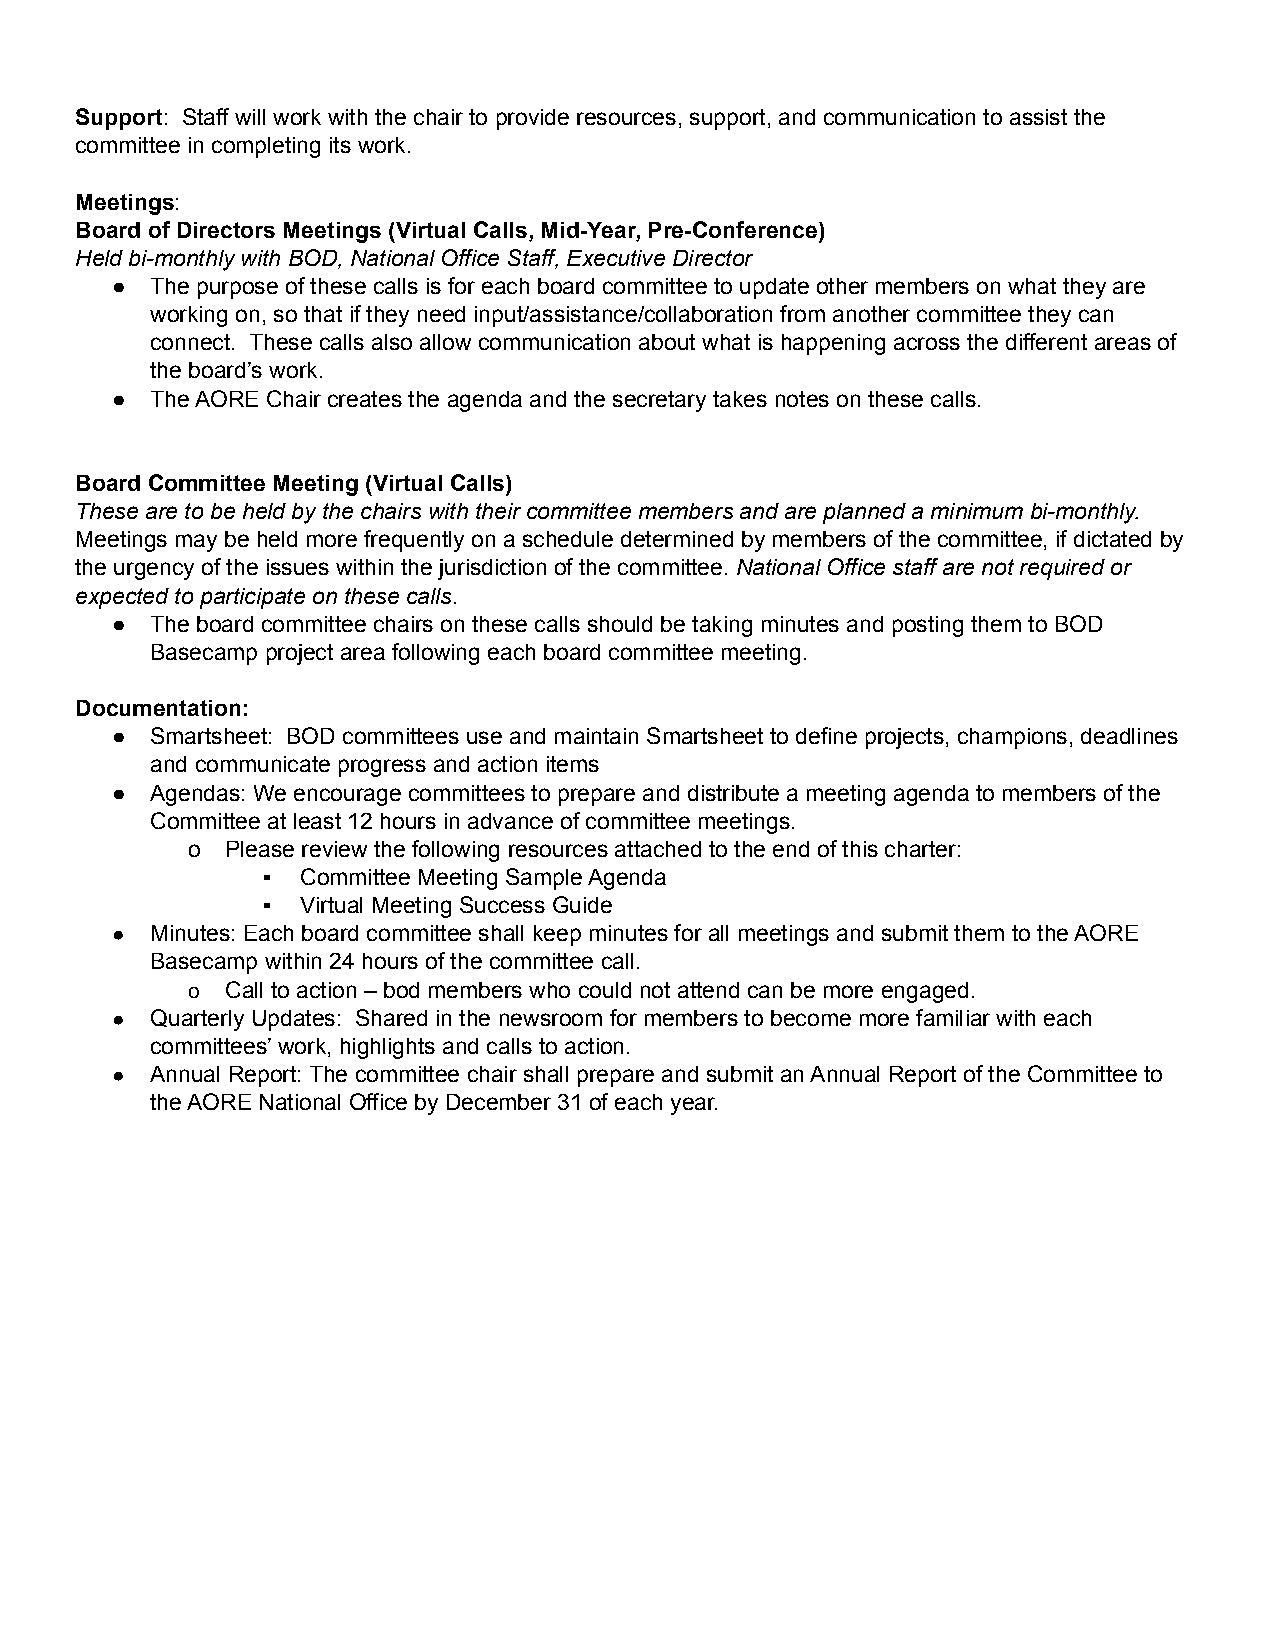
Support: Staff will work with the chair to provide resources, support, and communication to assist the
 committee in completing its work.
 Meetings:
 Board of Directors Meetings (Virtual Calls, Mid-Year, Pre-Conference)
 Held bi-monthly with BOD, National Office Staff, Executive Director
 ●  The purpose of these calls is for each board committee to update other members on what they are
 working on, so that if they need input/assistance/collaboration from another committee they can
 connect. These calls also allow communication about what is happening across the different areas of
 the board’s work.
 ●  The AORE Chair creates the agenda and the secretary takes notes on these calls.
 Board Committee Meeting (Virtual Calls)
 These are to be held by the chairs with their committee members and are planned a minimum bi-monthly.
 Meetings may be held more frequently on a schedule determined by members of the committee, if dictated by
 the urgency of the issues within the jurisdiction of the committee. National Office staff are not required or
 expected to participate on these calls.
 ●  The board committee chairs on these calls should be taking minutes and posting them to BOD
 Basecamp project area following each board committee meeting.
 Documentation:
 ●  Smartsheet: BOD committees use and maintain Smartsheet to define projects, champions, deadlines
 and communicate progress and action items
 ●  Agendas: We encourage committees to prepare and distribute a meeting agenda to members of the
 Committee at least 12 hours in advance of committee meetings.
 o  Please review the following resources attached to the end of this charter:
 ▪  Committee Meeting Sample Agenda
 ▪  Virtual Meeting Success Guide
 ●  Minutes: Each board committee shall keep minutes for all meetings and submit them to the AORE
 Basecamp within 24 hours of the committee call.
 o  Call to action – bod members who could not attend can be more engaged.
 ●  Quarterly Updates: Shared in the newsroom for members to become more familiar with each
 committees’ work, highlights and calls to action.
 ●  Annual Report: The committee chair shall prepare and submit an Annual Report of the Committee to
 the AORE National Office by December 31 of each year.